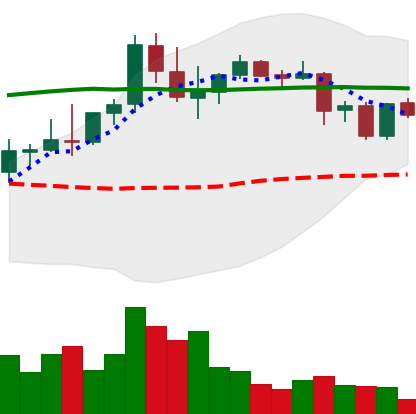
Ticker: DOGE-USD
Chart end date: 2021-08-28
Forward return: 3.615%
Label: up_3_5